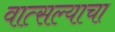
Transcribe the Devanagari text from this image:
वात्सल्याचा